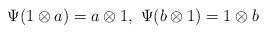
LaTeX: \begin{align*}\Psi(1\otimes a)=a\otimes 1,~\Psi(b\otimes 1)=1\otimes b\end{align*}